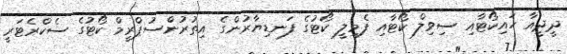
ދީދީއާ ހައިކޯޓާއި ސިވިލް ކޯޓާއި ފެމިލީ ކޯޓުގެ ފަނޑިޔާރުންގެ އިތުރުންސުޕްރީމް ކޯޓުގެ ސެކްރެޓަރީ